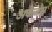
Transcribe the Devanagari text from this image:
अकेजंस